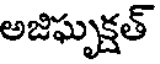
అజిఘృక్షత్